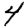
Digit: 4